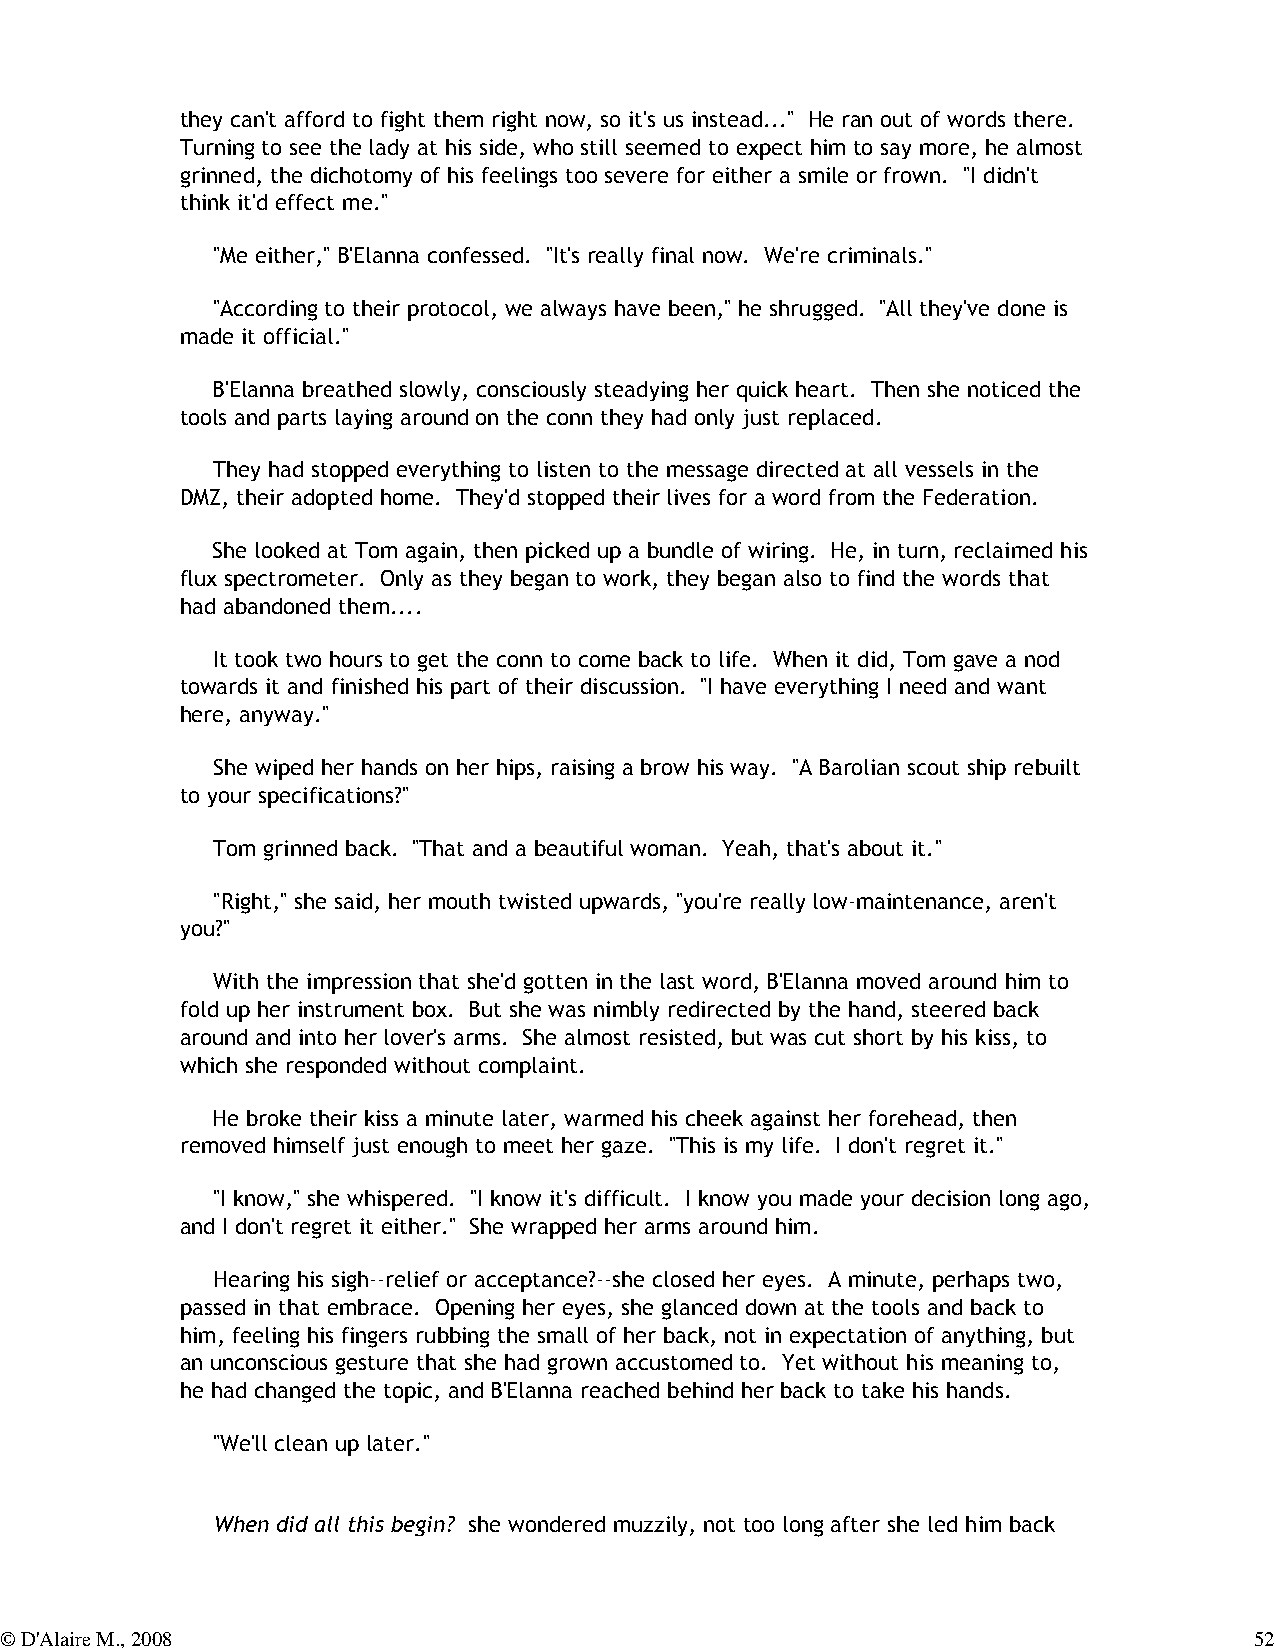
they can't afford to fight them right now, so it's us instead..." He ran out of words there.
 Turning to see the lady at his side, who still seemed to expect him to say more, he almost
 grinned, the dichotomy of his feelings too severe for either a smile or frown. "I didn't
 think it'd effect me."
 "Me either," B'Elanna confessed. "It's really final now. We're criminals."
 "According to their protocol, we always have been," he shrugged. "All they've done is
 made it official."
 B'Elanna breathed slowly, consciously steadying her quick heart. Then she noticed the
 tools and parts laying around on the conn they had only just replaced.
 They had stopped everything to listen to the message directed at all vessels in the
 DMZ, their adopted home. They'd stopped their lives for a word from the Federation.
 She looked at Tom again, then picked up a bundle of wiring. He, in turn, reclaimed his
 flux spectrometer. Only as they began to work, they began also to find the words that
 had abandoned them....
 It took two hours to get the conn to come back to life. When it did, Tom gave a nod
 towards it and finished his part of their discussion. "I have everything I need and want
 here, anyway."
 She wiped her hands on her hips, raising a brow his way. "A Barolian scout ship rebuilt
 to your specifications?"
 Tom grinned back. "That and a beautiful woman. Yeah, that's about it."
 "Right," she said, her mouth twisted upwards, "you're really low-maintenance, aren't
 you?"
 With the impression that she'd gotten in the last word, B'Elanna moved around him to
 fold up her instrument box. But she was nimbly redirected by the hand, steered back
 around and into her lover's arms. She almost resisted, but was cut short by his kiss, to
 which she responded without complaint.
 He broke their kiss a minute later, warmed his cheek against her forehead, then
 removed himself just enough to meet her gaze. "This is my life. I don't regret it."
 "I know," she whispered. "I know it's difficult. I know you made your decision long ago,
 and I don't regret it either." She wrapped her arms around him.
 Hearing his sigh--relief or acceptance?--she closed her eyes. A minute, perhaps two,
 passed in that embrace. Opening her eyes, she glanced down at the tools and back to
 him, feeling his fingers rubbing the small of her back, not in expectation of anything, but
 an unconscious gesture that she had grown accustomed to. Yet without his meaning to,
 he had changed the topic, and B'Elanna reached behind her back to take his hands.
 "We'll clean up later."
 When did all this begin? she wondered muzzily, not too long after she led him back
 © D'Alaire M., 2008                                                                52